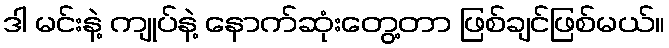
ဒါ မင်းနဲ့ ကျုပ်နဲ့ နောက်ဆုံးတွေ့တာ ဖြစ်ချင်ဖြစ်မယ်။